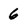
Character: 6